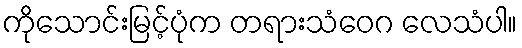
ကိုသောင်းမြင့်ပုံက တရားသံဝေဂ လေသံပါ။